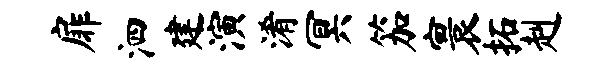
扉泗建演淆冥笳寰拓赳